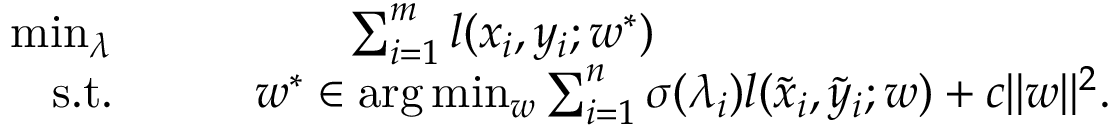
\begin{array} { r l } { \operatorname* { m i n } _ { \lambda } } & { \qquad \qquad \textstyle \sum _ { i = 1 } ^ { m } l ( x _ { i } , y _ { i } ; w ^ { * } ) } \\ { \mathrm { s . t . } } & { \qquad w ^ { * } \in \arg \operatorname* { m i n } _ { w } \textstyle \sum _ { i = 1 } ^ { n } \sigma ( \lambda _ { i } ) l ( \tilde { x } _ { i } , \tilde { y } _ { i } ; w ) + c \| w \| ^ { 2 } . } \end{array}